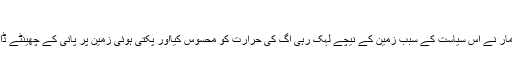
فیصلے کا سیاسی فائدہ
بہار میںاین ڈی اے 1- کی سرکار کے دوران وزیر اعلیٰ نتیش کمار نے اس سیاست کے سبب زمین کے نیچے لہک رہی آگ کی حرارت کو محسوس کیااور پکتی ہوئی زمین پر پانی کے چھینٹے ڈال کر اسے اپنے لیے کام کے لائق بنانے کی بھرپور کوشش کی۔